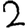
Digit: 2